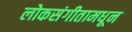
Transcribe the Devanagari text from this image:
लोकसंगीतामधून